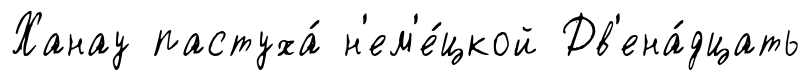
Ханау пастуха́ н'ем'е́цкой Дв'ена́дцать